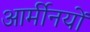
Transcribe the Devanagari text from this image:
आर्मीनयों